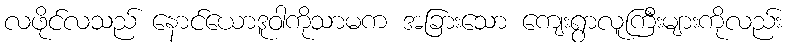
လဖိုင်လသည် နောင်ယောဒူဝါကိုသာမက အခြားသော ကျေးရွာလူကြီးများကိုလည်း